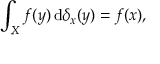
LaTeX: \int _ { X } f ( y ) \, \mathrm { d } \delta _ { x } ( y ) = f ( x ) ,